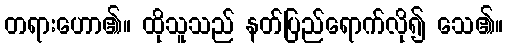
တရားဟော၏။ ထိုသူသည် နတ်ပြည်ရောက်လို၍ သေ၏။